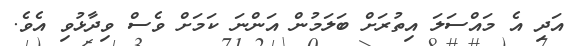
އަދިި އެ މައްސަލަ އިތުރަށް ބަލަމުން އަންނަ ކަމަށް ވެސް ވިދާޅުވި އެވެ.